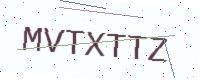
Text: MVTXTTZ